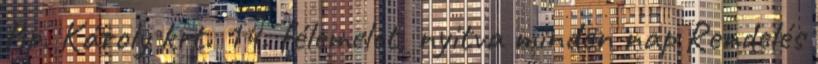
Bp. Károly krt. 14. félemelet, nyitva minden nap Rendelés